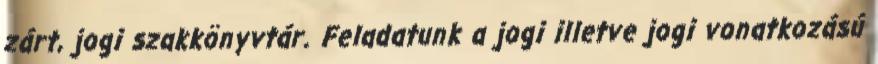
zárt, jogi szakkönyvtár. Feladatunk a jogi illetve jogi vonatkozású